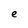
Character: e